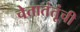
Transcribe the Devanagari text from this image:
चेतातंतूंची